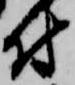
付